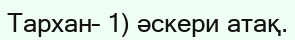
Тархан– 1) әскери атақ.